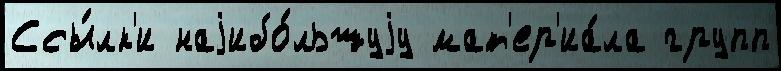
Ссы́лк'и наjибо́льшуjу мат'ер'иа́ла групп